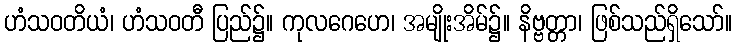
ဟံသဝတိယံ၊ ဟံသဝတီ ပြည်၌။ ကုလဂေဟေ၊ အမျိုးအိမ်၌။ နိဗ္ဗတ္တာ၊ ဖြစ်သည်ရှိသော်။